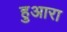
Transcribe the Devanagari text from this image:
हुआरा